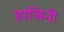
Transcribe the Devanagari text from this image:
हाजिनी